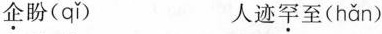
企盼( qǐ ) 人迹罕至( hǎn )